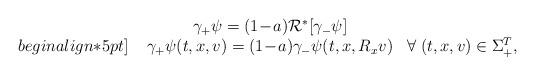
LaTeX: \begin{align*} \begin{array}{rcl} & \gamma_+ \psi = (1\!-\!a) \mathcal{R^*}\!\left[\gamma_- \psi\right] & \\begin{align*}5pt] \; & \gamma_+ \psi(t,x,v) = (1\!-\!a) \gamma_- \psi(t,x,R_x v) & \forall\; (t,x,v)\in\Sigma_{+}^{ T}, \end{array}\iffalse\gamma_+ \psi =0,\ \forall\ (t,x,v)\in \Sigma_+^T\fi \end{align*}